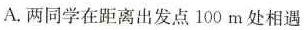
A.两同学在距离出发点100m处相遇